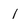
Character: 1